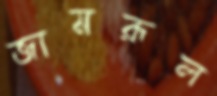
জামরূল